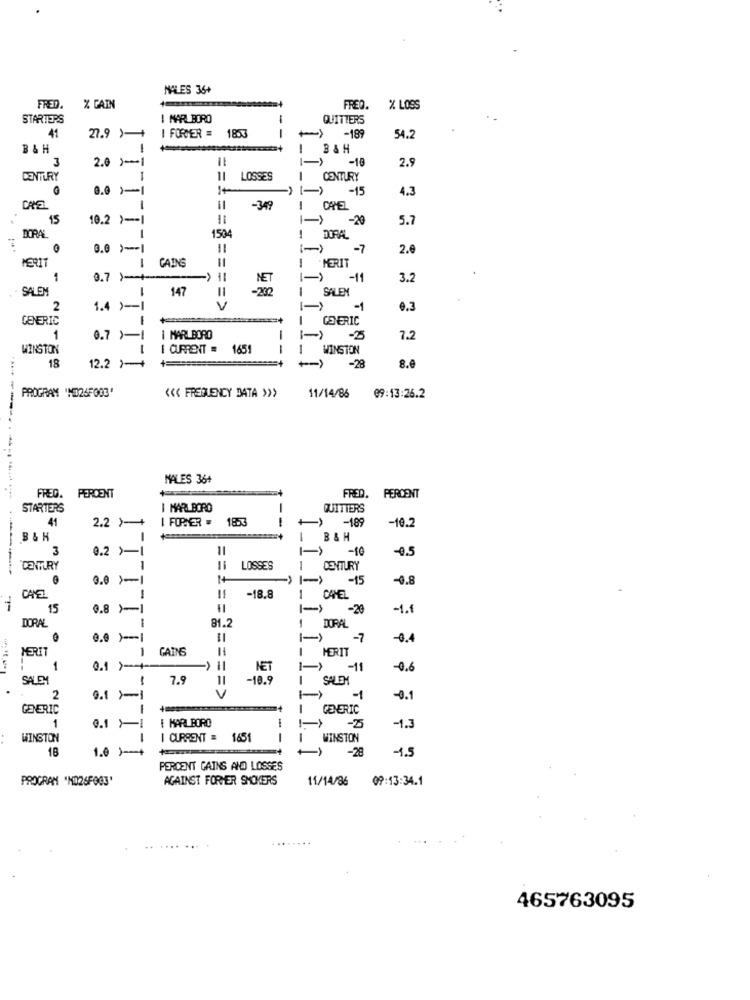
NALES 36+
FRED.
% GAIN
FREQ. % LOSS
STARTERS
! MARLBORO
QUITTERS
I FORCER =
--
41
27.9 )-+
18.X
-189
54.2
B&H
B&H
3
2.0 )-1
-10
2.9
CENTURY
1
11
LOSSES
CENTURY
0.0 >-1
1+
-15
4.3
DAYS
-349
CAMEL
15
10.2 ) --
11
-20
5.7
1
DORAL
150
DORAL
0.0 > -- 1
-7
2.0
-
GAINS
PERIT
1 MERIT
1
0.7 )-+-
->
-11
3.2
SALEM
1
147
-200
1
SALEM
2
1.4 ) --
==== >
-1
9.3
GENERIC
GENERIC
1
0.7 )-
I MARLBORO
-25
7.2
WINSTON
I CURRENT = 1651
1
WINSTON
18
12.2 +
-28
8.6
PROGRAM "NO26F003'
<<< FREQUENCY DATA >>>
11/14/86
09:13:26.2
MALES 36+
------------
FRED. PERCENT
FRED.
PERCENT
STARTERS
I MARLBORO
QUITTERS
41
2.2 )-+
I FORMER .
18%
--
-189
-10.2
B &H
1
B&H
3
0.2 >-1
11
-
-10
-0.5
CENTURY
LOSSES
CENTURY
-15
-0.8
CAYEZ
-18.8
1
15
0.8 ›-1
-20
-1.f
1
DORAL
31.2
1
DORAL
-7
-0.4
1
GAINS
MERIT
MERIT
----
1
0.1 )-++
NET
1-)
-11
-0.6
SALE
7.9
-18.9
SALEM
2
V
-1
-0.1
GENERIC
GENERIC
1
MARLBORO
-2
0.1 11
-1.3
WINSTON
I CURRENT = 1651
--
I WINSTON
18
1.0 )-+
-28
-1.5
Î_I_I_I_I_I_I_I_Î
PERCENT GAINS AND LOSSES
PROGRAM "NO26FOG3'
AGAINST FORHER SMOKERS
11/14/86 09:13:34.1
465763095